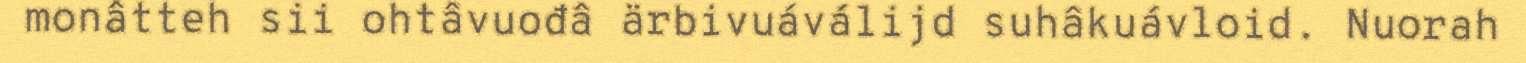
monâtteh sii ohtâvuođâ ärbivuáválijd suhâkuávloid. Nuorah